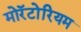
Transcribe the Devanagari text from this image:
मोरॅटोरियम